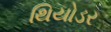
થિયોડર